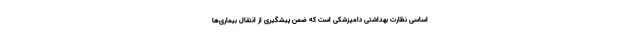
اساسی نظارت بهداشتی دامپزشکی است که ضمن پیشگیری از انتقال بیماری‌ها